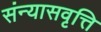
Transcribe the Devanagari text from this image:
संन्यासवृत्ति